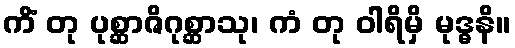
ကိံ တု ပုစ္ဆာဇိဂုစ္ဆာသု၊ ကံ တု ဝါရိမှိ မုဒ္ဓနိ။